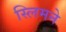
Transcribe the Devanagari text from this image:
स्लिमने